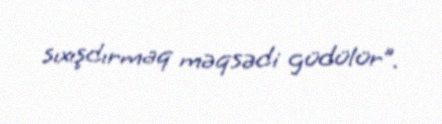
sıxışdırmaq məqsədi güdülür”.